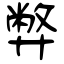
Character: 弊